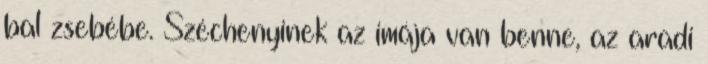
bal zsebébe. Széchenyinek az imája van benne, az aradi